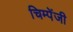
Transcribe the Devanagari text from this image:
चिम्पेंजी